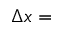
\Delta x =